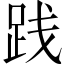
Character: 践